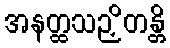
အနတ္ထသဉှိတန္တိ